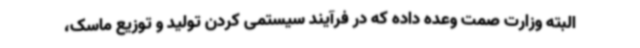
البته وزارت صمت وعده داده که در فرآیند سیستمی کردن تولید و توزیع ماسک،